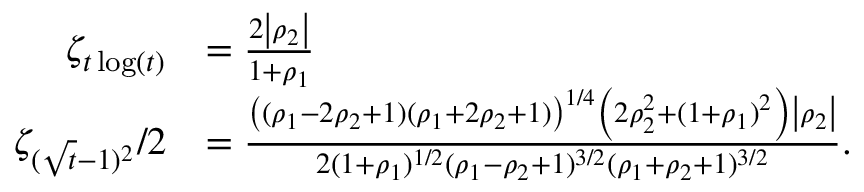
\begin{array} { r l } { \zeta _ { t \log ( t ) } } & { = \frac { 2 \left| \rho _ { 2 } \right| } { 1 + \rho _ { 1 } } } \\ { \zeta _ { ( \sqrt { t } - 1 ) ^ { 2 } } / 2 } & { = \frac { \left( ( \rho _ { 1 } - 2 \rho _ { 2 } + 1 ) ( \rho _ { 1 } + 2 \rho _ { 2 } + 1 ) \right) ^ { 1 / 4 } \left( 2 \rho _ { 2 } ^ { 2 } + ( 1 + \rho _ { 1 } ) ^ { 2 } \right) \left| \rho _ { 2 } \right| } { 2 ( 1 + \rho _ { 1 } ) ^ { 1 / 2 } ( \rho _ { 1 } - \rho _ { 2 } + 1 ) ^ { 3 / 2 } ( \rho _ { 1 } + \rho _ { 2 } + 1 ) ^ { 3 / 2 } } . } \end{array}